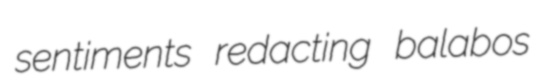
sentiments redacting balabos